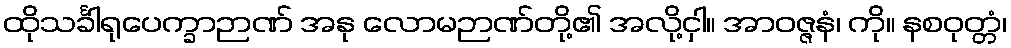
ထိုသင်္ခါရုပေက္ခာဉာဏ် အနု လောမဉာဏ်တို့၏ အလို့ငှါ။ အာဝဇ္ဇနံ၊ ကို။ နစဝုတ္တံ၊